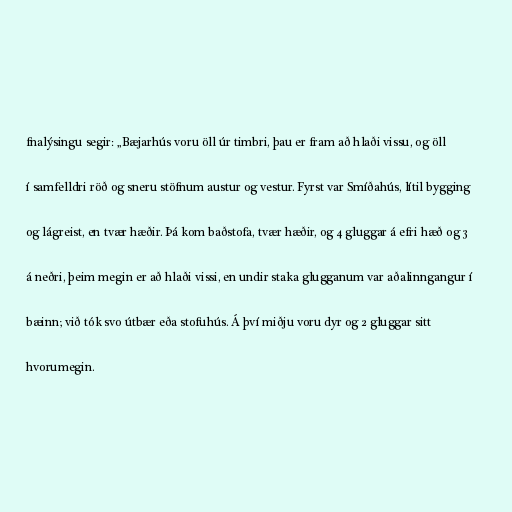
fnalýsingu segir: „Bæjarhús voru öll úr timbri, þau er fram að hlaði vissu, og öll

í samfelldri röð og sneru stöfnum austur og vestur. Fyrst var Smíðahús, lítil bygging

og lágreist, en tvær hæðir. Þá kom baðstofa, tvær hæðir, og 4 gluggar á efri hæð og 3

á neðri, þeim megin er að hlaði vissi, en undir staka glugganum var aðalinngangur í

bæinn; við tók svo útbær eða stofuhús. Á því miðju voru dyr og 2 gluggar sitt

hvorumegin.